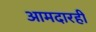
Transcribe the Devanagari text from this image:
आमदारही